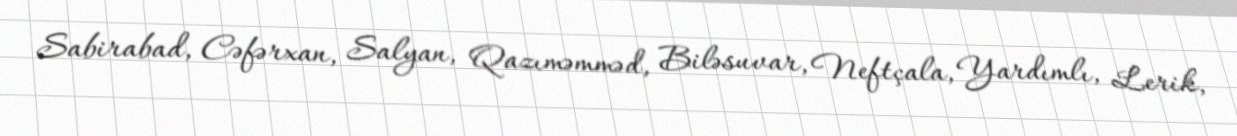
Sabirabad, Cəfərxan, Salyan, Qazıməmməd, Biləsuvar, Neftçala, Yardımlı, Lerik,